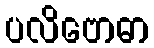
ပလိဗောဓာ